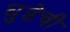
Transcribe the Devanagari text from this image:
घुडेची